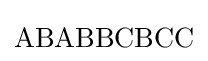
\mathrm {ABABBCBCC}